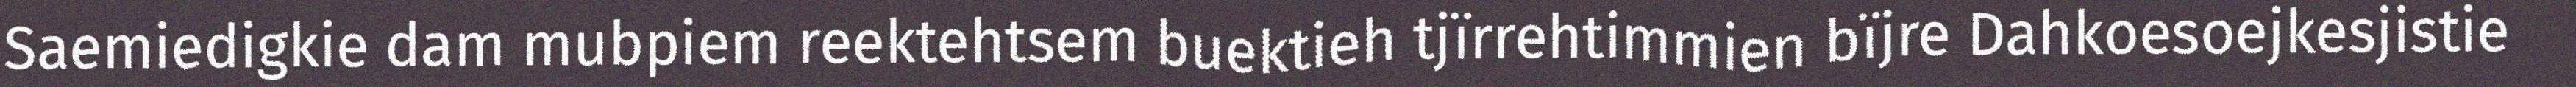
Saemiedigkie dam mubpiem reektehtsem buektieh tjïrrehtimmien bïjre Dahkoesoejkesjistie